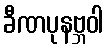
ခီဏပုနဗ္ဘဝါ